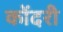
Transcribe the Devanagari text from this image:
कोंदरी